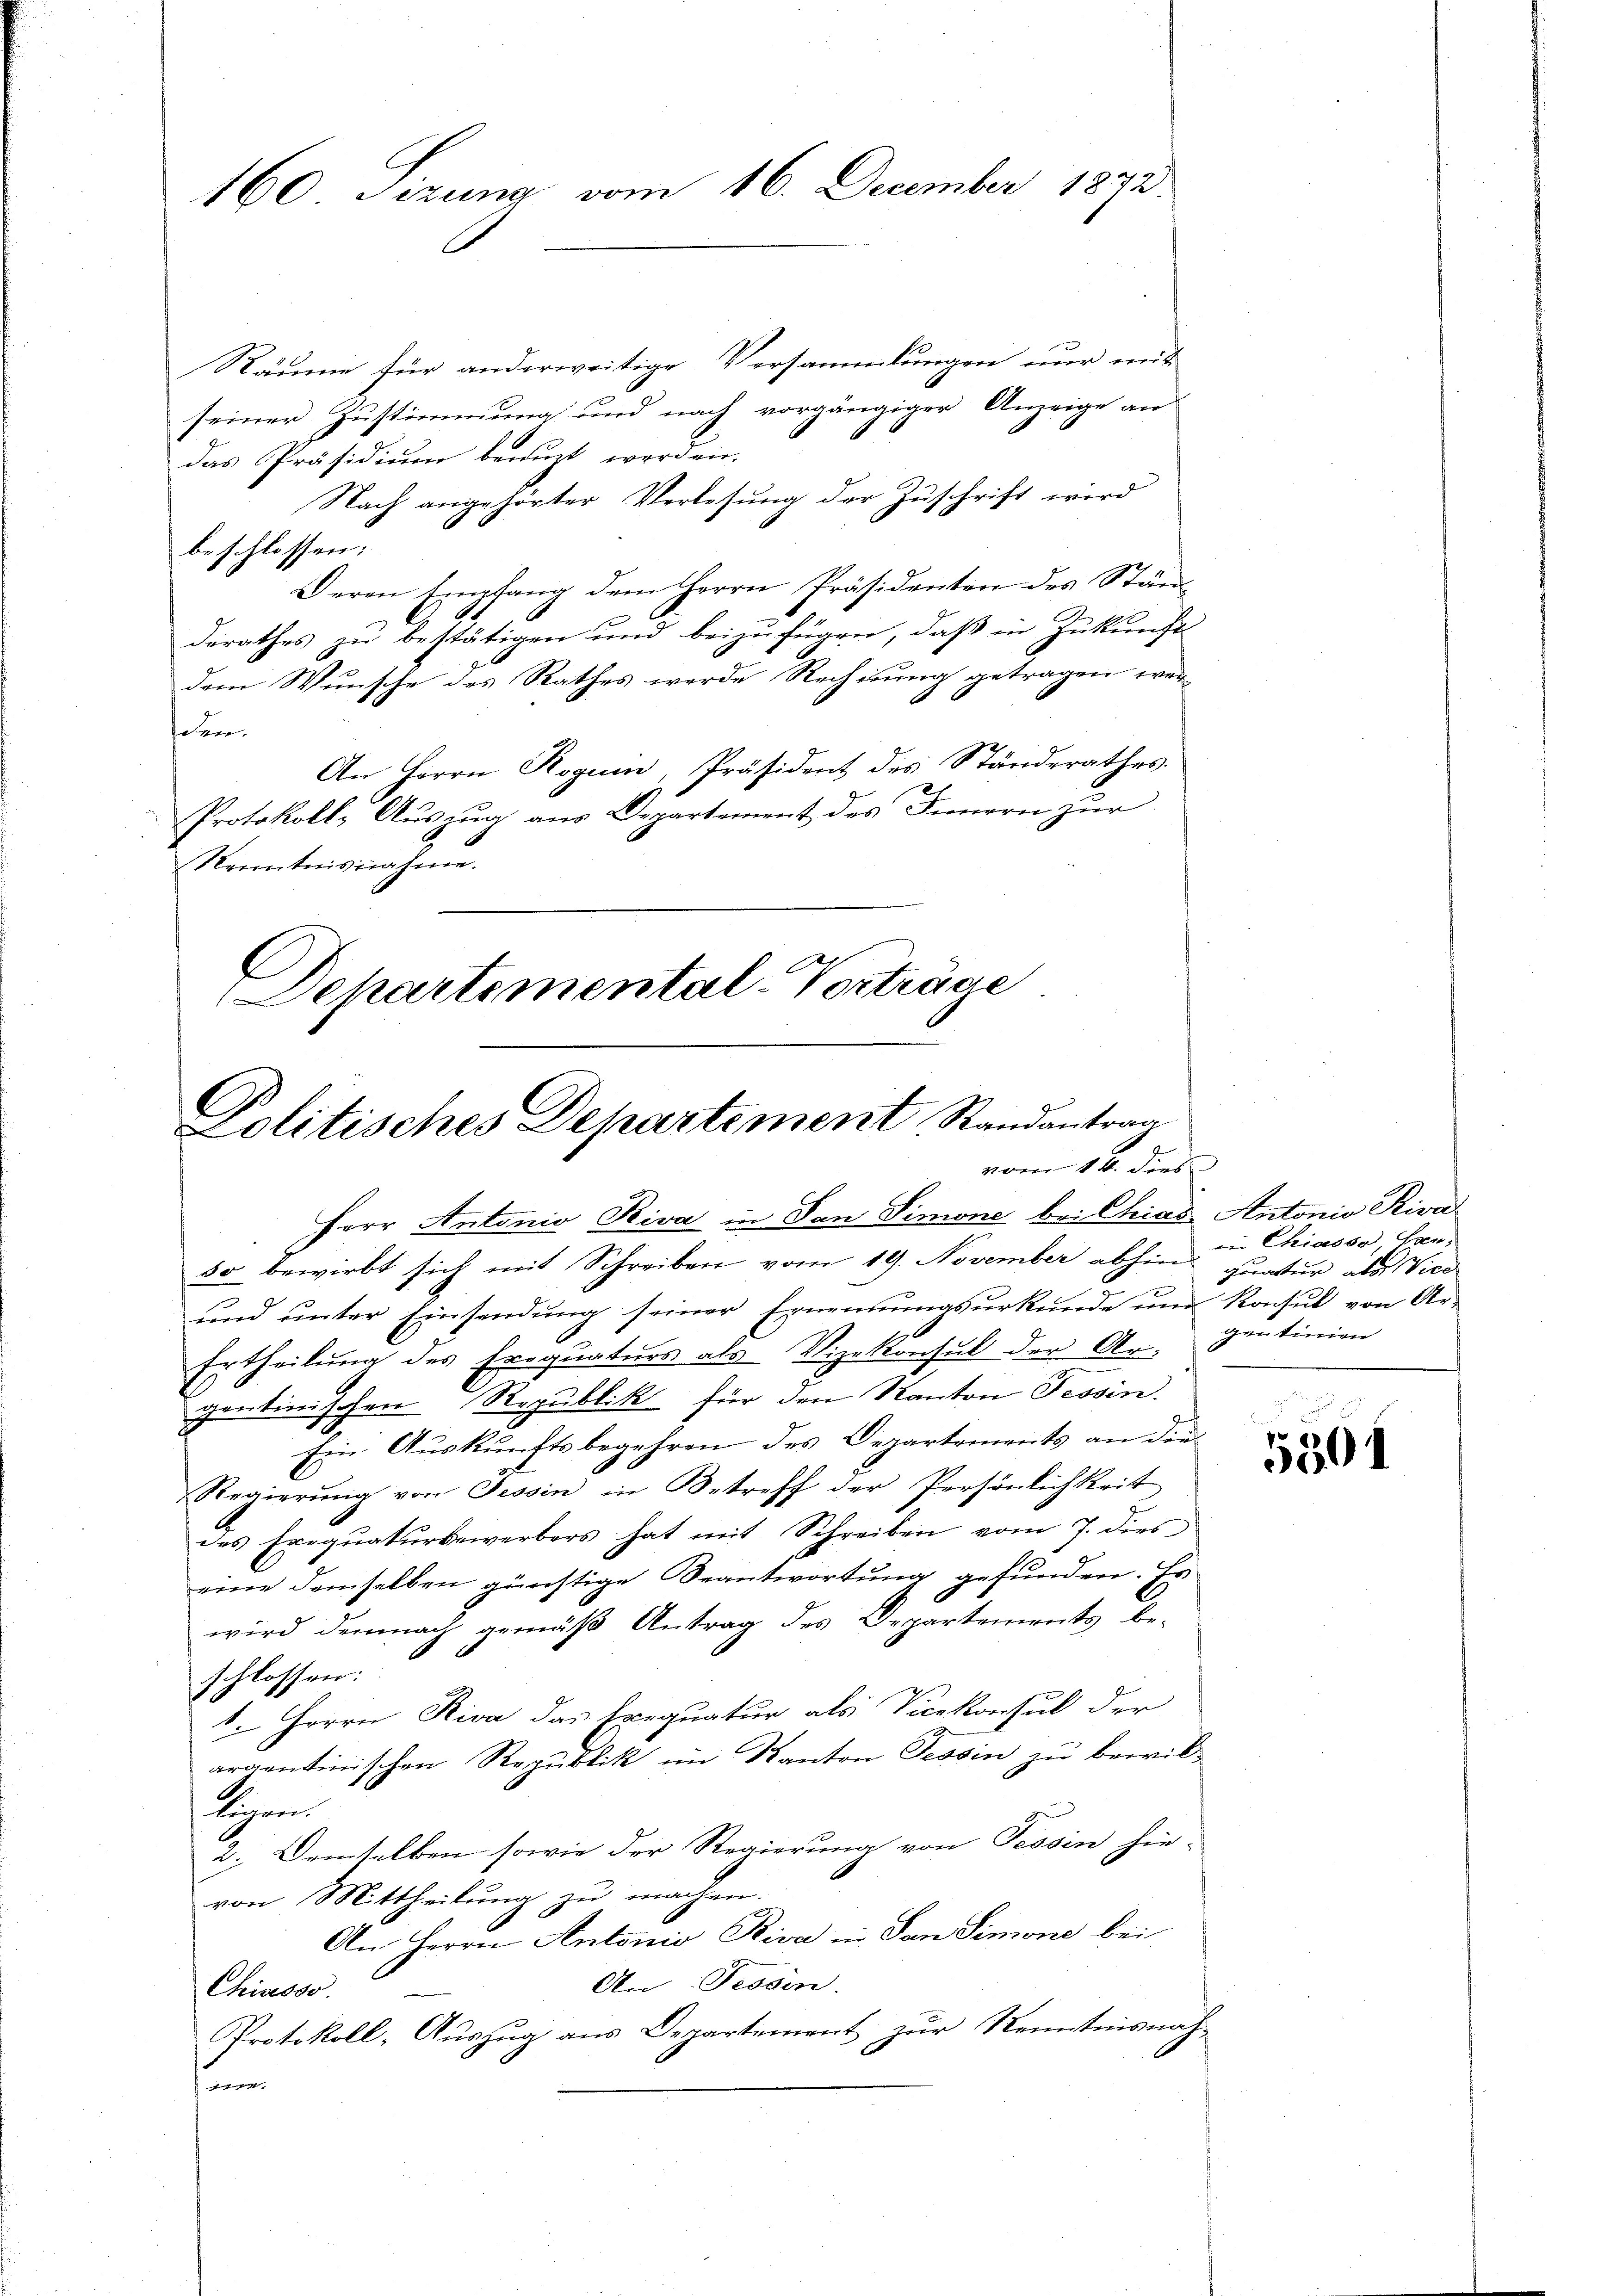
160 Sizung vom 16. December 1872.

Räume für anderweitige Versammlungen nur mit
seiner Zustimmung und nach vorgängiger Anzeige an
das Präsidium benuzt werden.
Nach angehörter Verlesung der Zuschrift wird
beschlossen:
Deren Empfang dem Herrn Präsidenten des Ständderathes zu bestätigen und beizufügen, daß in Zukunft
dem Wunsche des Rathes werde Rechnung getragen werden.
An Herrn Roguin, Präsident des Ständerathes.
Protokoll- Auszug aus Departement des Innern zur
Kenntnisnahme.
l
Dehartemental-Vorträge

Politisches Departement, Randantrag
vom 14. dies

Herr Antonio Riva in San Simone bei Chias Antonio Riva
so bewirbt sich mit Schreiben vom 19. November abhin
x
ŭnd ŭnter Einsendŭng seiner Ernennŭngsŭrkŭnde und Kontul von Ar-
Ertheilung des Erequaturs als Vizekonsul der Ar-
gontinischen Republik für den Kanton Tessin.
Ein Auskunftsbegehren des Departements an die¬
Regierŭng von Tessin in Betreff der Persönlichkeit
des Exequaturbewerbers hat mit Schreiben vom 7. dies
eine demselben günstige Beantwortung gefunden. Es
wird demnach gemäß Antrag des Departements beschlossen:
1. Herrn Riva das Exequatur als Vicekonsul der
argentinischen Republik im Kanton Tessin zu bewil-
Herrn
2. Demselben sowie der Regierung von Tessin hie-
von Mittheilung zu machen.
An Herrn Antonio Riva in San Simone bei
An Tessin.
Chisesso
Protokoll, Auszug aus Departement zur Kenntnisnah-
.

ren Chiasso Han
quratur als Vice
gentinien

5301